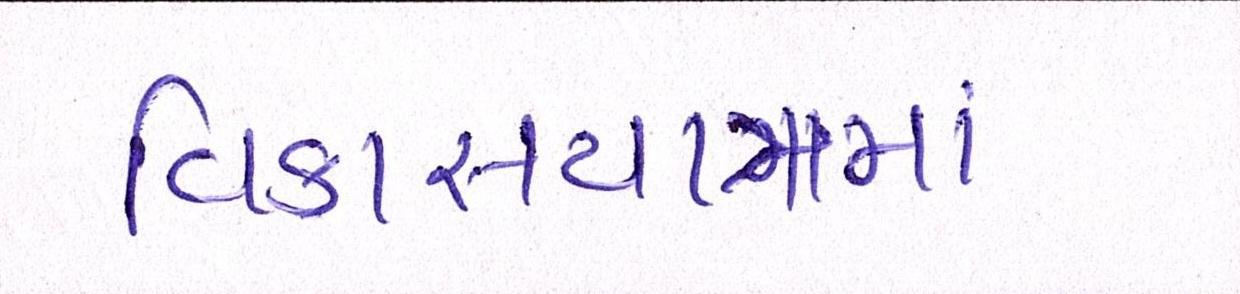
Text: વિકાસયાત્રામાં